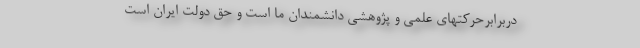
دربرابرحرکتهای علمی و پژوهشی دانشمندان ما است و حق دولت ایران است